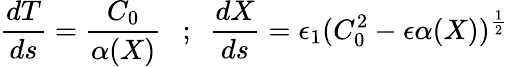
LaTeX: \frac{dT}{ds}=\frac{C_{0}}{\alpha(X)}\ \ \ ;\ \ \frac{dX}{ds}=\epsilon_{1}(C_{0}^{2}-\epsilon\alpha(X))^{\frac{1}{2}}